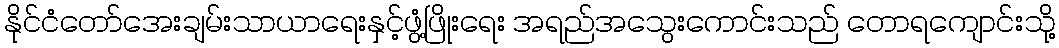
နိုင်ငံတော်အေးချမ်းသာယာရေးနှင့်ဖွံ့ဖြိုးရေး အရည်အသွေးကောင်းသည် တောရကျောင်းသို့